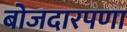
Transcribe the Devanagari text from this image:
बोजदारपणा